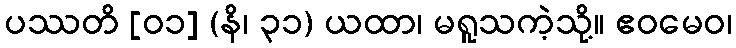
ပဿတိ [၀၁] (နိ၊ ၃၁) ယထာ၊ မရူသကဲ့သို့။ ဧဝမေဝ၊